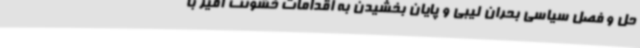
حل و فصل سیاسی بحران لیبی و پایان بخشیدن به اقدامات خشونت آمیز با